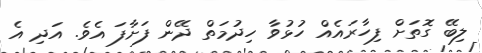
ލިބޭ ގޮތަށް ފިހާރައެއް ހުޅުވާ ހިދުމަތް ދޭން ފަށާފަ އެވެ. އަދި އެ